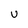
Character: U